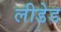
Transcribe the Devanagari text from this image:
लीडेड